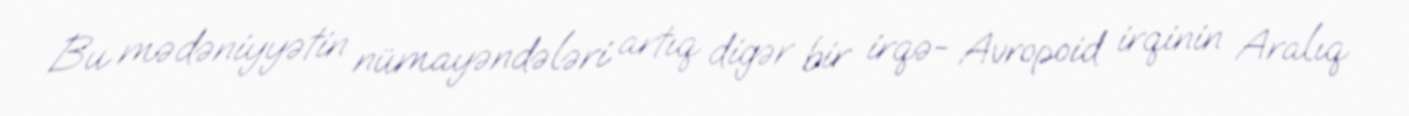
Bu mədəniyyətin nümayəndələri artıq digər bir irqə- Avropoid irqinin Aralıq